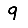
Digit: 9